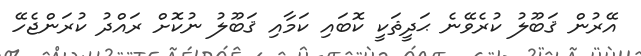
އޭރުން ޤަބޫލު ކުރެވޭނެ ޙަދީޘަކީ ކޮބައި ކަމާއި ޤަބޫލު ނުކޮށް ރައްދު ކުރަންޖެހޭ